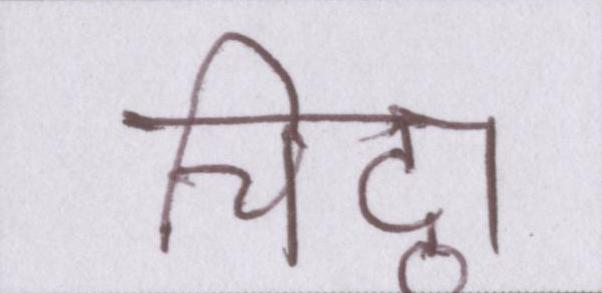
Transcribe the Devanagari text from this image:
चिट्ठा